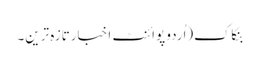
بنکاک(اُردو پوائنٹ اخبارتازہ ترین۔